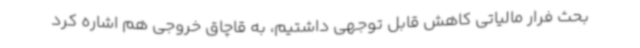
بحث فرار مالیاتی کاهش قابل توجهی داشتیم، به قاچاق خروجی هم اشاره کرد